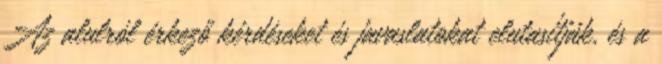
Az alulról érkező kérdéseket és javaslatokat elutasítják, és a